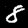
Digit: 8